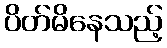
ပိတ်မိနေသည့်